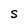
Character: S